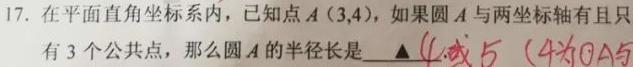
17. 在平面直角坐标系内，已知点$A(3,4)$，如果圆$A$与两坐标轴有且只有$3$个公共点，那么圆$A$的半径长是$\underline{4或5}$（$4$为$OA$与 ）